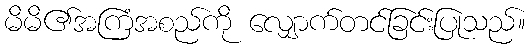
မိမိ၏အကြံအစည်ကို လျှောက်တင်ခြင်းပြုသည်။